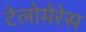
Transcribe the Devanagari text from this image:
टेलोमेरेस